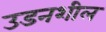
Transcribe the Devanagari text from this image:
उडनशील